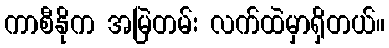
ကာစီနိုက အမြဲတမ်း လက်ထဲမှာရှိတယ်။